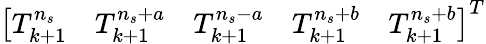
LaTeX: \left[\begin{array}{lllll}{T_{k+1}^{n_{s}}}&{T_{k+1}^{n_{s}+a}}&{T_{k+1}^{n_{s}-a}}&{T_{k+1}^{n_{s}+b}}&{T_{k+1}^{n_{s}+b}}\end{array}\right]^{T}